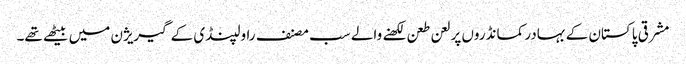
مشرقی پاکستان کے بہادر کمانڈروں پر لعن طعن لکھنے والے سب مصنف راولپنڈی کے گیریژن میں بیٹھے تھے۔